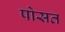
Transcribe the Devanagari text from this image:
पोसत